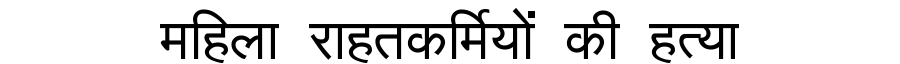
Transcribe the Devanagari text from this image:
महिला राहतकर्मियों की हत्या